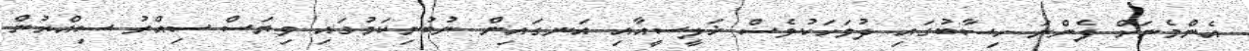
އެންމެނަށް ފެންނަ ހިސާބުގައި ދުވަހަކުވެސް ޚަލީސީއާއި އަނގައިން ނުބުނިކަމުގައި ވިޔަސް ސިއްރު ސިއްރުން